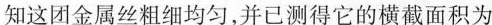
知这团金属丝粗细均匀，并已测得它的横截面积为